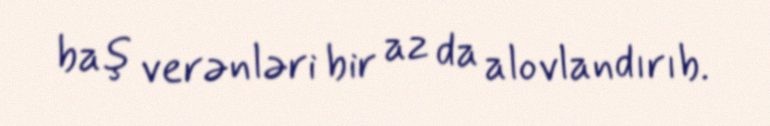
baş verənləri bir az da alovlandırıb.